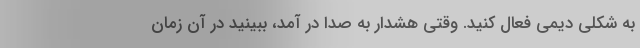
به شکلی دِیمی فعال کنید. وقتی هشدار به صدا در آمد، ببینید در آن زمان